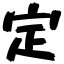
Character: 定